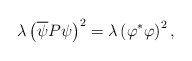
\begin{align*}\lambda \left( \overline{\psi }P\psi \right) ^{2}=\lambda \left( \varphi^{\ast }\varphi \right) ^{2}, \end{align*}